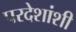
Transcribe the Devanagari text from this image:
परदेशांशी